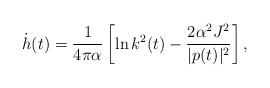
\begin{align*}\dot h(t) = \frac{1}{4\pi\alpha}\left[ \ln k^2(t) - \frac{2\alpha^2J^2}{|p(t)|^2} \right],\end{align*}